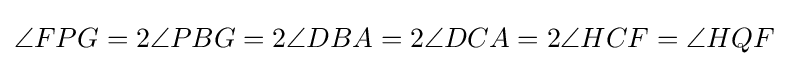
\angle FPG=2\angle PBG=2\angle DBA=2\angle DCA=2\angle HCF=\angle HQF